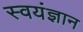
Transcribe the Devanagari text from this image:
स्वयंज्ञान